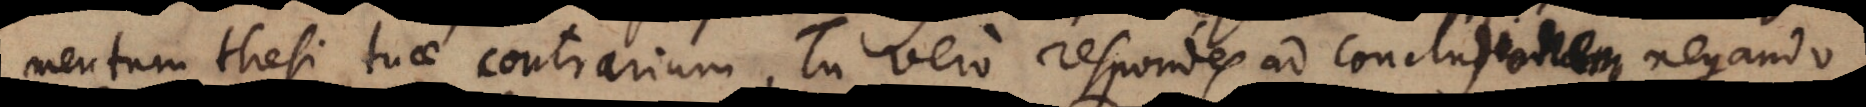
ntum thesi tuae contrarium. Tu vero respondes ad concludendum